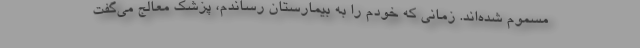
مسموم شده‌اند. زمانی که خودم را به بیمارستان رساندم، پزشک معالج می‌گفت